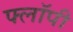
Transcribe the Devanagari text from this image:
फ्लाॅपी